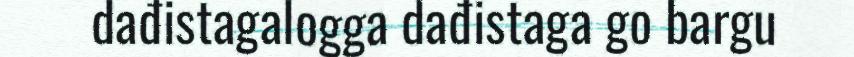
dađistagalogga dađistaga go bargu